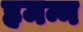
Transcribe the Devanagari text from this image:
हमन्न